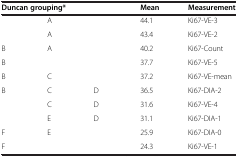
<table><thead><tr><td colspan="3"><b>Duncan grouping*</b></td><td><b>Mean</b></td><td><b>Measurement</b></td></tr></thead><tbody><tr><td> </td><td>A</td><td> </td><td>44.1</td><td>Ki67-VE-3</td></tr><tr><td> </td><td>A</td><td> </td><td>43.4</td><td>Ki67-VE-2</td></tr><tr><td>B</td><td>A</td><td> </td><td>40.2</td><td>Ki67-Count</td></tr><tr><td>B</td><td> </td><td> </td><td>37.7</td><td>Ki67-VE-5</td></tr><tr><td>B</td><td>C</td><td> </td><td>37.2</td><td>Ki67-VE-mean</td></tr><tr><td>B</td><td>C</td><td>D</td><td>36.5</td><td>Ki67-DIA-2</td></tr><tr><td> </td><td>C</td><td>D</td><td>31.6</td><td>Ki67-VE-4</td></tr><tr><td> </td><td>E</td><td>D</td><td>31.1</td><td>Ki67-DIA-1</td></tr><tr><td>F</td><td>E</td><td> </td><td>25.9</td><td>Ki67-DIA-0</td></tr><tr><td>F</td><td> </td><td> </td><td>24.3</td><td>Ki67-VE-1</td></tr></tbody></table>